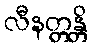
လီနတ္တန္တိ